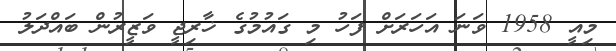
މިއީ 1958 ވަނަ އަހަރަށް ފަހު މި ގައުމުގެ ޚާރިޖީ ވަޒީރުން ބައްދަލު